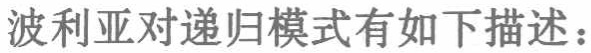
波利亚对递归模式有如下描述：